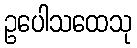
ဥပေါသထေသု